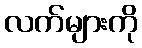
လက်များကို